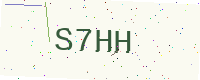
Text: S7HH